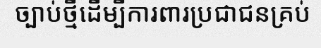
ច្បាប់ថ្មីដើម្បីការពារប្រជាជនគ្រប់